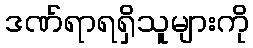
ဒဏ်ရာရရှိသူများကို